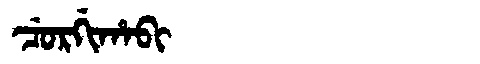
Manchu: ᠴᡠᡵᡤᡳᡥᠠᠪᡳ
Romanization: CURGIHABI